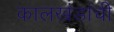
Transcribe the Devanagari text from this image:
कालखंडांची